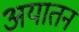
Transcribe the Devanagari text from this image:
अयातन